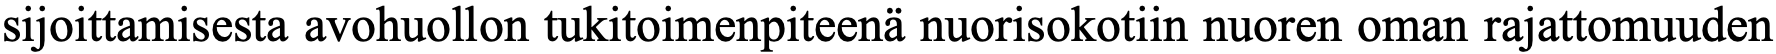
sijoittamisesta avohuollon tukitoimenpiteenä nuorisokotiin nuoren oman rajattomuuden